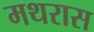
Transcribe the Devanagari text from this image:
मथरास